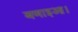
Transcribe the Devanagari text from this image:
बणाइआ।